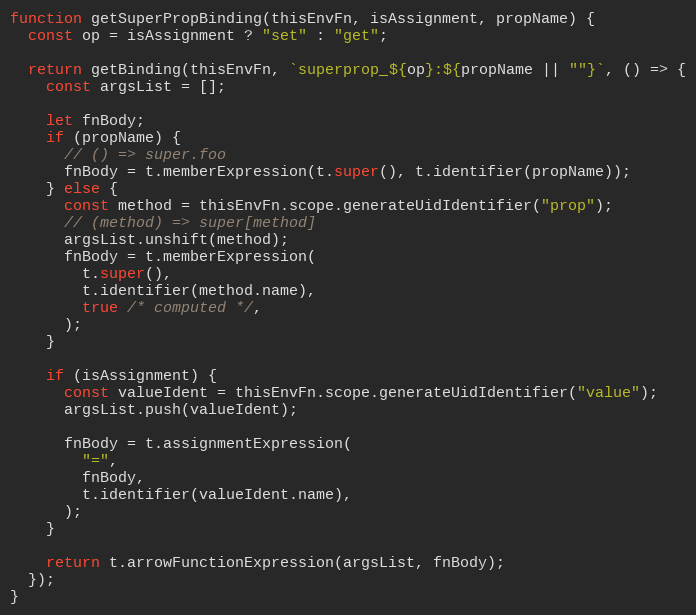
Language: JavaScript
function getSuperPropBinding(thisEnvFn, isAssignment, propName) {
  const op = isAssignment ? "set" : "get";

  return getBinding(thisEnvFn, `superprop_${op}:${propName || ""}`, () => {
    const argsList = [];

    let fnBody;
    if (propName) {
      // () => super.foo
      fnBody = t.memberExpression(t.super(), t.identifier(propName));
    } else {
      const method = thisEnvFn.scope.generateUidIdentifier("prop");
      // (method) => super[method]
      argsList.unshift(method);
      fnBody = t.memberExpression(
        t.super(),
        t.identifier(method.name),
        true /* computed */,
      );
    }

    if (isAssignment) {
      const valueIdent = thisEnvFn.scope.generateUidIdentifier("value");
      argsList.push(valueIdent);

      fnBody = t.assignmentExpression(
        "=",
        fnBody,
        t.identifier(valueIdent.name),
      );
    }

    return t.arrowFunctionExpression(argsList, fnBody);
  });
}